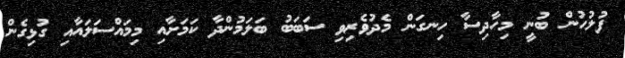
ފުލުހުން ބުނީ މިހާދިސާ ހިނގަން މެދުވެރިވި ސަބަބު ބަލަމުންދާ ކަމަށާއި މިމައްސަލައާއި ގުޅިގެން